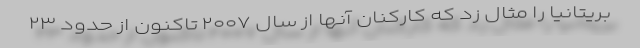
بریتانیا را مثال زد که کارکنان آنها از سال ۲۰۰۷ تاکنون از حدود ۲۳